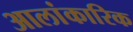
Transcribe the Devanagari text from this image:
आलांकारिक